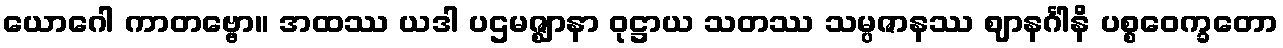
ယောဂေါ ကာတဗ္ဗော။ အထဿ ယဒါ ပဌမဇ္ဈာနာ ဝုဋ္ဌာယ သတဿ သမ္ပဇာနဿ ဈာနင်္ဂါနိ ပစ္စဝေက္ခတော